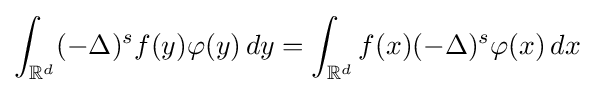
\int _{\mathbb {R} ^{d}}(-\Delta )^{s}f(y)\varphi (y)\,dy=\int _{\mathbb {R} ^{d}}f(x)(-\Delta )^{s}\varphi (x)\,dx